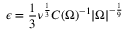
\epsilon = \frac 1 3 \nu ^ { \frac 1 3 } C ( \Omega ) ^ { - 1 } | \Omega | ^ { - \frac 1 9 }